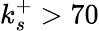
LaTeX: k_{s}^{+}>70